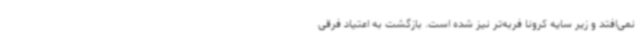
نمی‌افتد و زیر سایه کرونا فربه‌تر نیز شده‌ است. بازگشت به اعتیاد فرقی